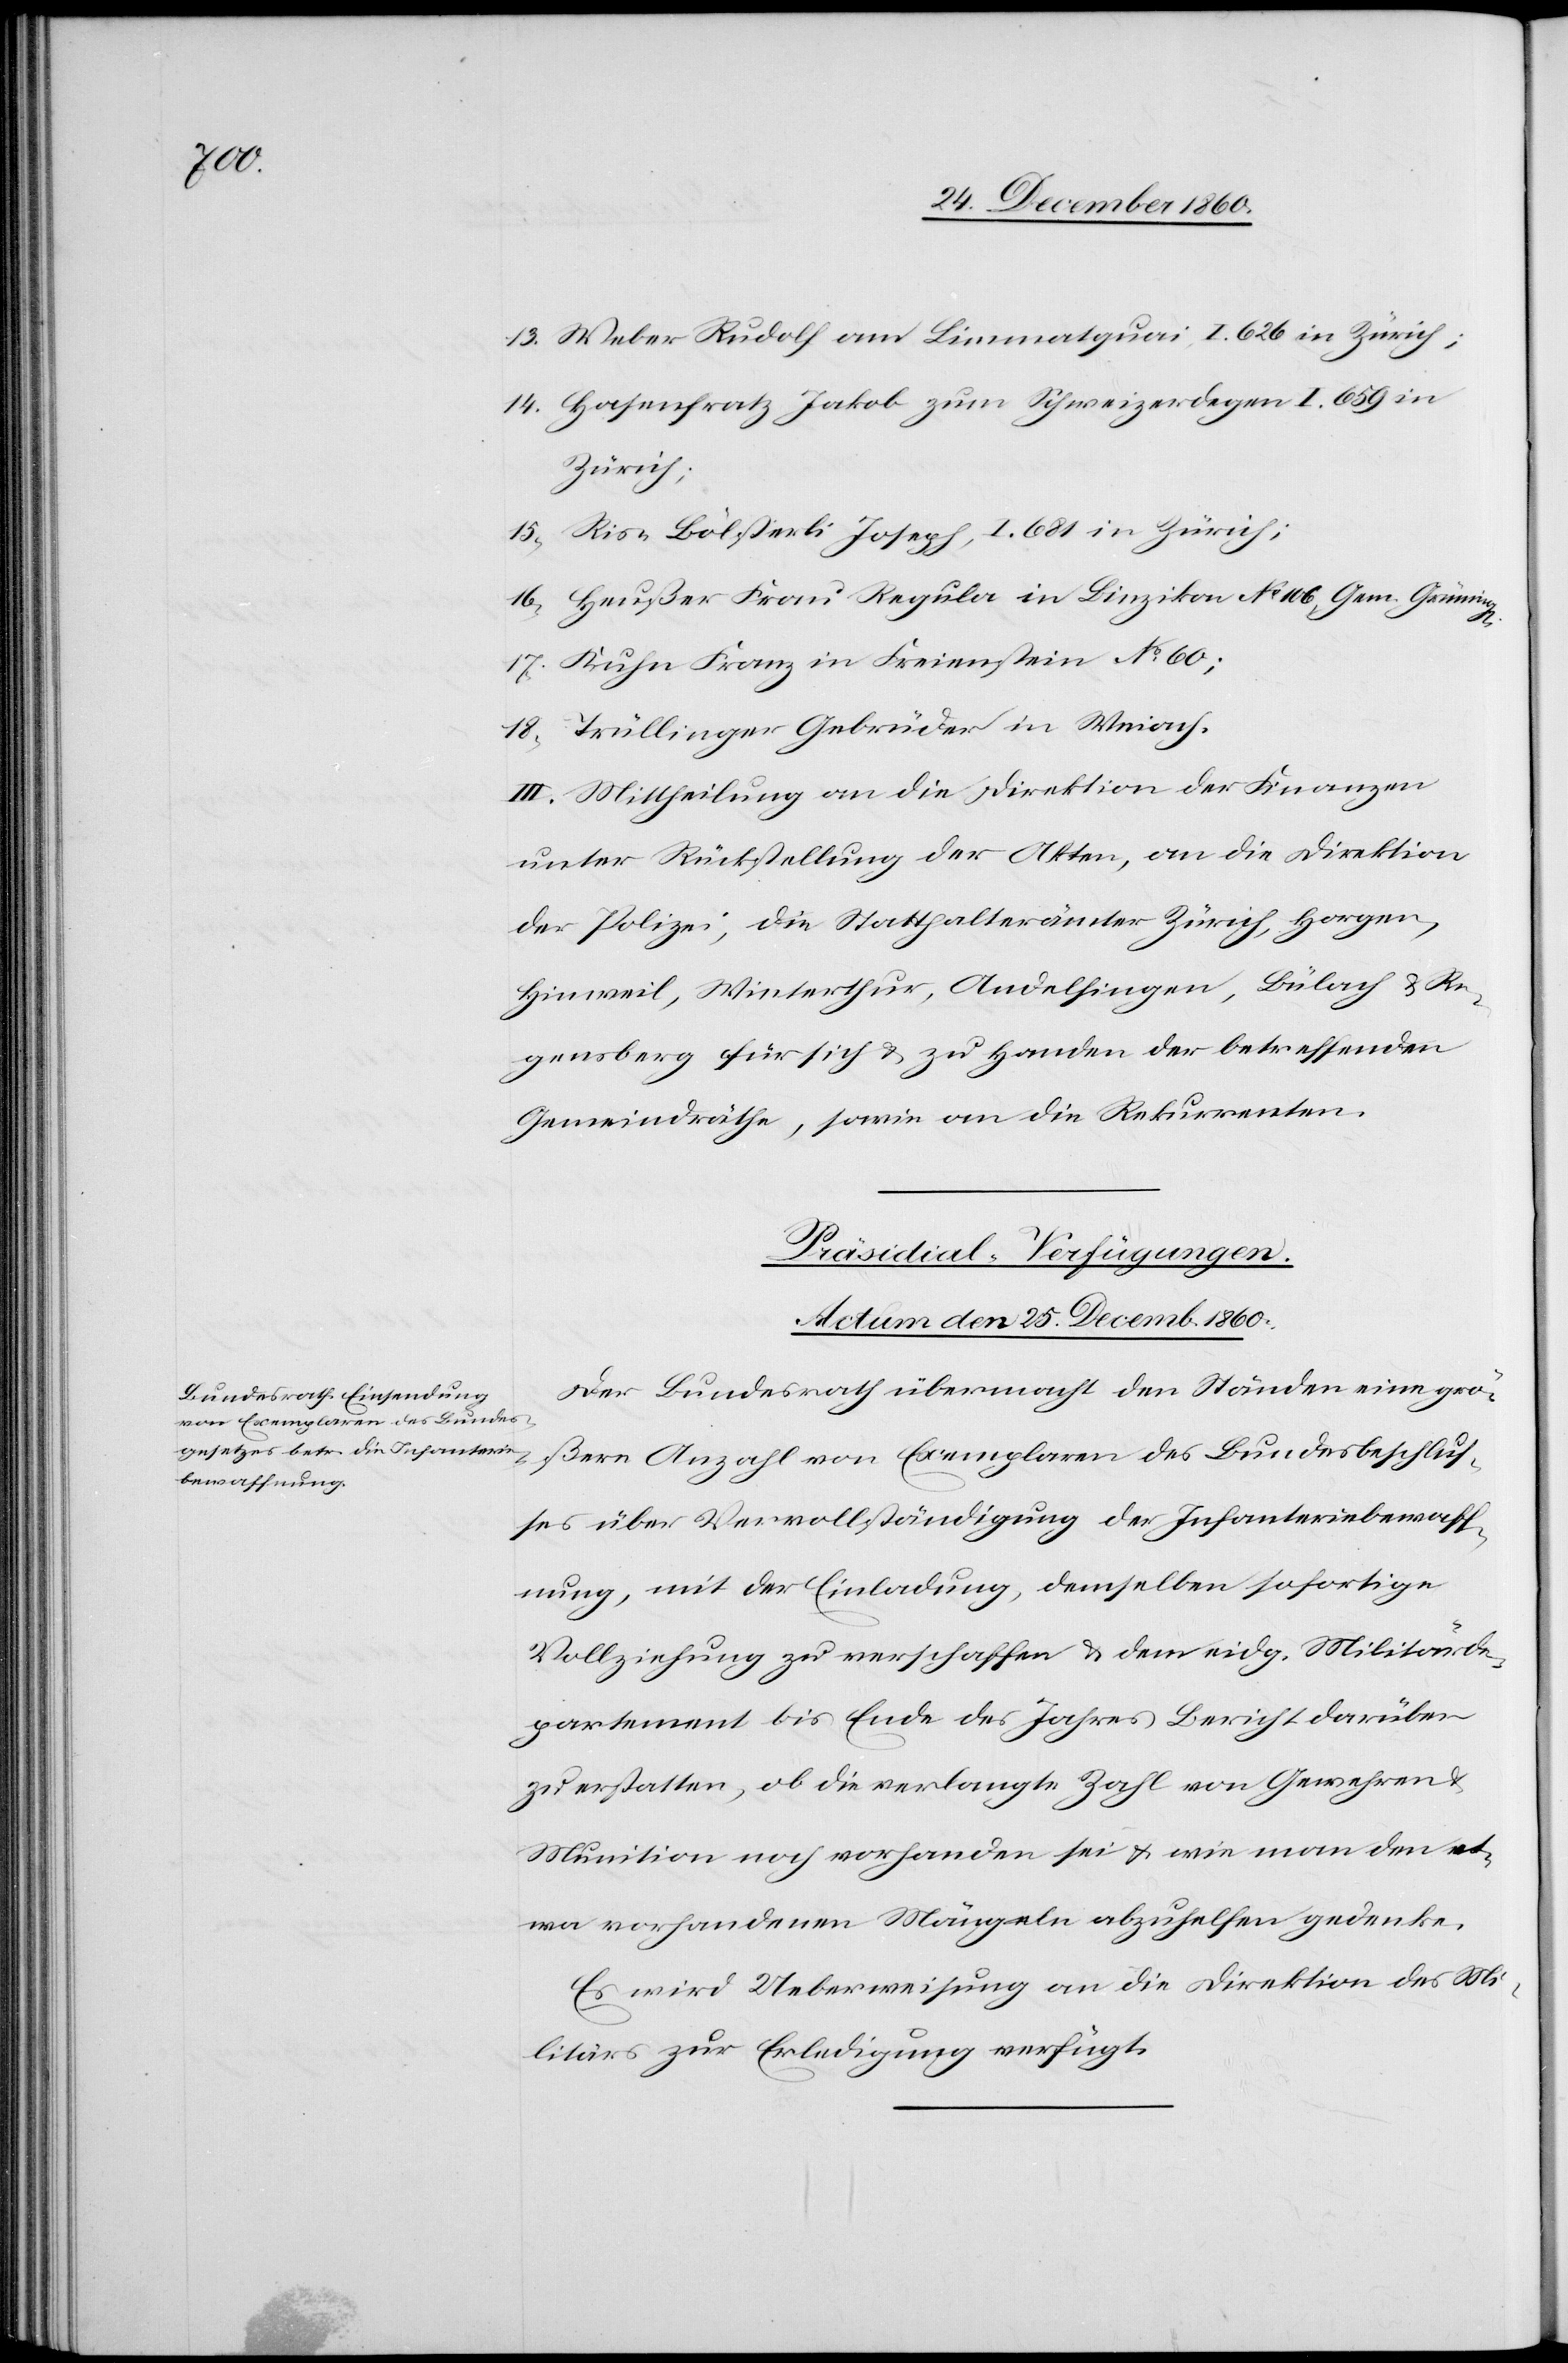
13. Weber Rudolf am Limmatquai, I. 626 in Zürich;
14. Hasenfratz Jakob zum Schweizerdegen I. 659 in
Zürich;
15. Ris-Bölsterli Joseph, I. 681 in Zürich;
16. Heußer Frau Regula in Binzikon No 106 Gem. Grüning[en];
17. Kuhn Franz in Freienstein No 60;
18. Trüllinger Gebrüder in Weiach.
III. Mittheilung an die Direktion der Finanzen
unter Rückstellung der Akten, an die Direktion
der Polizei, die Stattahlterämter Zürich, Horgen,
Hinweil, Winterthur, Andelfingen, Bülach u. Re¬
gensberg für sich u. zu Handen der betreffenden
Gemeindräthe, sowie an die Rekurrenten.
Präsidial-Verfügungen.
Actum den 25. Decemb. 1860.
Der Bezirksrath übermacht den Ständen eine grö¬
ßere Anzahl von Exemplaren des Bundesbeschlus¬
ses über Vervollständigung der Infanteriebewaff¬
nung, mit der Einladung, demselben sofortige
Vollziehung zu verschaffen u. dem eidg. Militärde¬
partement bis Ende des Jahres Bericht darüber
zu erstatten, ob die verlangte Zahl von Gewehren
Munition noch vorhanden sei u. wie man den et¬
wa vorhandenen Mängeln abzuhelfen gedenke.
Es wird Ueberweisung an die Direktion des Mi¬
litärs zur Erledigung verfügt.